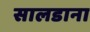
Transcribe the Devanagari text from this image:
सालडाना